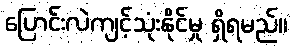
ပြောင်းလဲကျင့်သုံးနိုင်မှု ရှိရမည်။